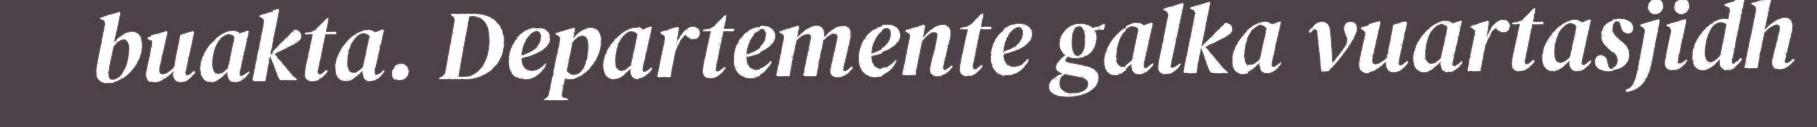
buakta. Departemente galka vuartasjidh